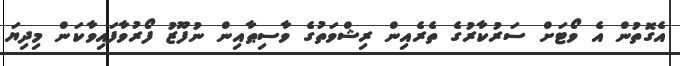
އެގޮތުން އެ ވޯޓަށް ސަރުކާރުގެ ތެރެއިން ރިޝްވަތުގެ ވާސިޠާއިން ނުފޫޒު ފޯރުވާފައިވާކަން މިދިޔަ